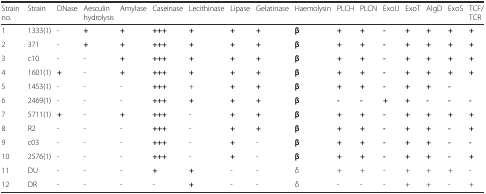
<table><thead><tr><td><b>Strain no.</b></td><td><b>Strain</b></td><td><b>DNase</b></td><td><b>Aesculin hydrolysis</b></td><td><b>Amylase</b></td><td><b>Caseinase</b></td><td><b>Lecithinase</b></td><td><b>Lipase</b></td><td><b>Gelatinase</b></td><td><b>Haemolysin</b></td><td><b>PLCH</b></td><td><b>PLCN</b></td><td><b>ExoU</b></td><td><b>ExoT</b></td><td><b>AlgD</b></td><td><b>ExoS</b></td><td><b>TCF/TCR</b></td></tr></thead><tbody><tr><td>1</td><td>1333(1)</td><td>-</td><td><b>+</b></td><td><b>+</b></td><td><b>+++</b></td><td><b>+</b></td><td><b>+</b></td><td><b>+</b></td><td><b>β</b></td><td><b>+</b></td><td><b>+</b></td><td><b>-</b></td><td><b>+</b></td><td><b>+</b></td><td><b>+</b></td><td><b>+</b></td></tr><tr><td>2</td><td>371</td><td>-</td><td><b>+</b></td><td><b>+</b></td><td><b>+++</b></td><td><b>+</b></td><td><b>+</b></td><td><b>+</b></td><td><b>β</b></td><td><b>+</b></td><td><b>+</b></td><td><b>-</b></td><td><b>+</b></td><td><b>+</b></td><td><b>+</b></td><td><b>+</b></td></tr><tr><td>3</td><td>c10</td><td>-</td><td>-</td><td><b>+</b></td><td><b>+++</b></td><td><b>+</b></td><td><b>+</b></td><td><b>+</b></td><td><b>β</b></td><td><b>+</b></td><td><b>+</b></td><td><b>-</b></td><td><b>+</b></td><td><b>+</b></td><td><b>+</b></td><td><b>+</b></td></tr><tr><td>4</td><td>1601(1)</td><td><b>+</b></td><td>-</td><td><b>+</b></td><td><b>+++</b></td><td><b>+</b></td><td><b>+</b></td><td><b>+</b></td><td><b>β</b></td><td><b>+</b></td><td><b>+</b></td><td><b>-</b></td><td><b>+</b></td><td><b>+</b></td><td><b>+</b></td><td><b>+</b></td></tr><tr><td>5</td><td>1453(1)</td><td>-</td><td>-</td><td>-</td><td><b>+++</b></td><td>+</td><td><b>+</b></td><td><b>+</b></td><td><b>β</b></td><td><b>+</b></td><td><b>+</b></td><td><b>-</b></td><td><b>+</b></td><td><b>+</b></td><td><b>-</b></td><td></td></tr><tr><td>6</td><td>2469(1)</td><td>-</td><td>-</td><td>-</td><td><b>+++</b></td><td><b>+</b></td><td><b>+</b></td><td><b>+</b></td><td><b>β</b></td><td><b>-</b></td><td><b>-</b></td><td><b>+</b></td><td><b>+</b></td><td><b>-</b></td><td><b>-</b></td><td><b>-</b></td></tr><tr><td>7</td><td>5711(1)</td><td><b>+</b></td><td>-</td><td><b>+</b></td><td><b>+++</b></td><td>-</td><td><b>+</b></td><td><b>+</b></td><td><b>β</b></td><td><b>+</b></td><td><b>+</b></td><td><b>-</b></td><td><b>+</b></td><td><b>+</b></td><td><b>+</b></td><td><b>+</b></td></tr><tr><td>8</td><td>R2</td><td>-</td><td>-</td><td>-</td><td><b>+++</b></td><td>-</td><td><b>+</b></td><td><b>+</b></td><td><b>β</b></td><td><b>+</b></td><td><b>+</b></td><td><b>-</b></td><td><b>+</b></td><td><b>+</b></td><td><b>-</b></td><td><b>+</b></td></tr><tr><td>9</td><td>c03</td><td>-</td><td>-</td><td>-</td><td><b>+++</b></td><td>-</td><td><b>+</b></td><td>-</td><td><b>β</b></td><td><b>+</b></td><td><b>+</b></td><td><b>-</b></td><td><b>+</b></td><td><b>+</b></td><td><b>-</b></td><td><b>-</b></td></tr><tr><td>10</td><td>2576(1)</td><td>-</td><td>-</td><td>-</td><td><b>+++</b></td><td>-</td><td><b>+</b></td><td>-</td><td><b>β</b></td><td><b>+</b></td><td><b>+</b></td><td><b>-</b></td><td><b>+</b></td><td><b>+</b></td><td><b>-</b></td><td><b>+</b></td></tr><tr><td>11</td><td>DU</td><td>-</td><td>-</td><td>-</td><td><b>+</b></td><td><b>+</b></td><td>-</td><td>-</td><td>δ</td><td>+</td><td>+</td><td>-</td><td>+</td><td>+</td><td>+</td><td>-</td></tr><tr><td>12</td><td>DR</td><td>-</td><td>-</td><td>-</td><td>-</td><td><b>+</b></td><td>-</td><td>-</td><td>δ</td><td>-</td><td>-</td><td>-</td><td>+</td><td>+</td><td>-</td><td>+</td></tr></tbody></table>